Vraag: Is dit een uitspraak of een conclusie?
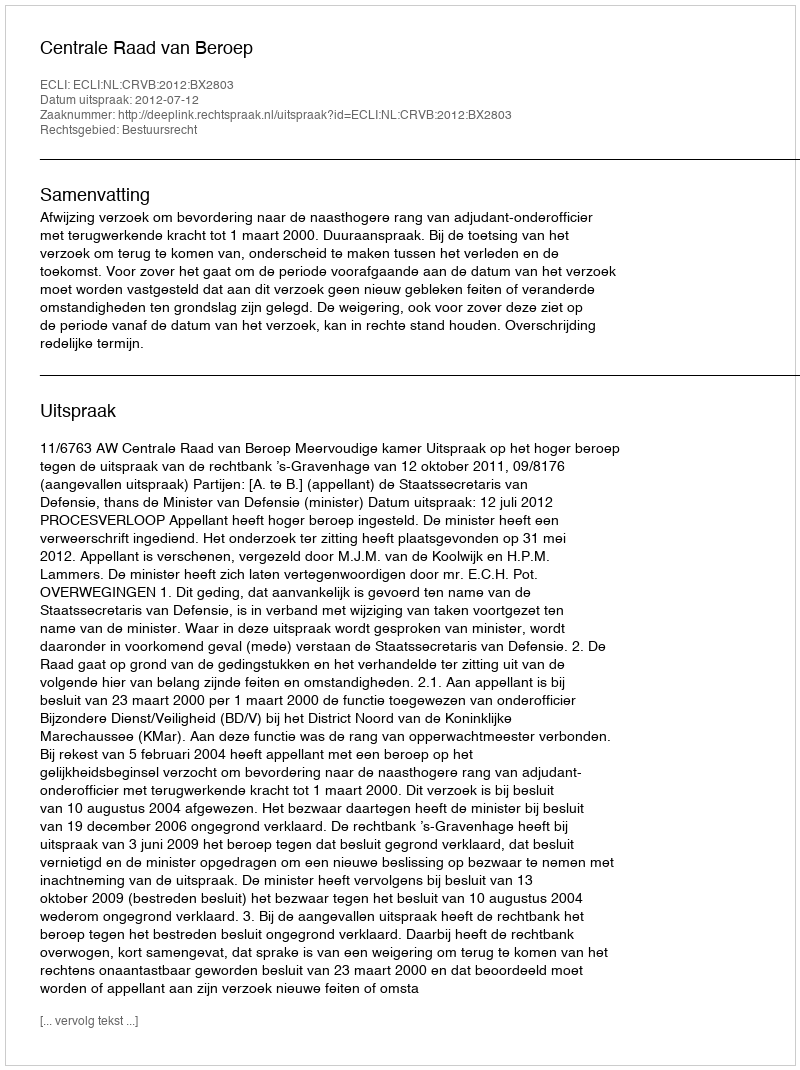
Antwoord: Uitspraak